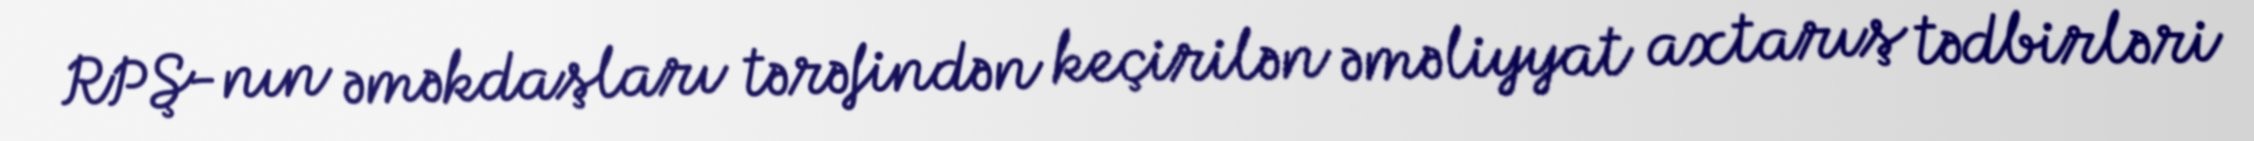
RPŞ-nın əməkdaşları tərəfindən keçirilən əməliyyat axtarış tədbirləri